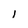
Character: 1